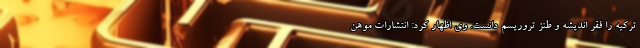
ترکیه را فقر اندیشه و طنز تروریسم دانست. وی اظهار کرد: انتشارات موهن